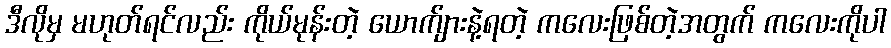
ဒီလိုမှ မဟုတ်ရင်လည်း ကိုယ်မုန်းတဲ့ ယောက်ျားနဲ့ရတဲ့ ကလေးဖြစ်တဲ့အတွက် ကလေးကိုပါ